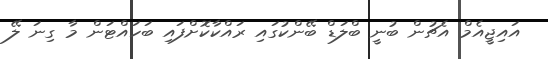
އައިޖީއެމް އެޗުން ބުނީ ބްލަޑް ބޭންކުގައި ރައްކާކޮށްފައި ބަހައްޓަން މާ ގިނަ ލޭ